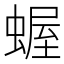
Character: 𧎜